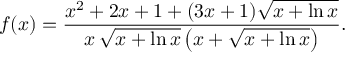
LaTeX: f ( x ) = { \frac { x ^ { 2 } + 2 x + 1 + ( 3 x + 1 ) { \sqrt { x + \ln x } } } { x \, { \sqrt { x + \ln x } } \left( x + { \sqrt { x + \ln x } } \right) } } .